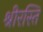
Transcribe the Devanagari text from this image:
श्रीरस्ति